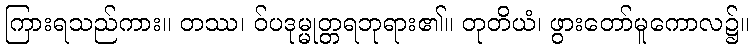
ကြားရသည်ကား။ တဿ၊ ဝ်ပဒုမ္မုတ္တရဘုရား၏။ တုတိယံ၊ ဖွားတော်မူကောလ၌။